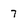
Character: 7